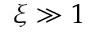
\xi \gg 1